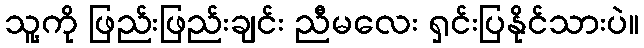
သူ့ကို ဖြည်းဖြည်းချင်း ညီမလေး ရှင်းပြနိုင်သားပဲ။